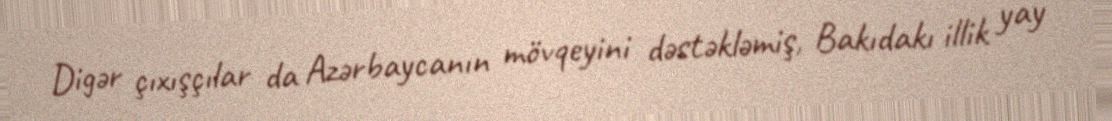
Digər çıxışçılar da Azərbaycanın mövqeyini dəstəkləmiş, Bakıdakı illik yay